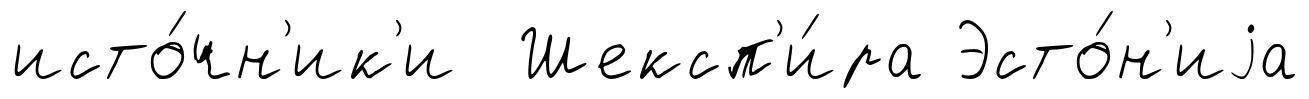
исто́чн'ик'и Шексп'и́ра Эсто́н'иjа